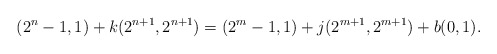
\begin{align*}(2^n-1,1) + k(2^{n+1}, 2^{n+1} ) = (2^m-1,1) + j(2^{m+1}, 2^{m+1}) + b(0,1).\end{align*}